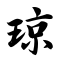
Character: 琼